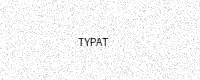
Text: TYPAT